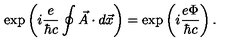
\exp \left( i \frac { e } { \hbar c } \oint \vec { A } \cdot d \vec { x } \right) = \exp \left( i \frac { e \Phi } { \hbar c } \right) .